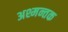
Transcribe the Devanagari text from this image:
अश्मन्तक